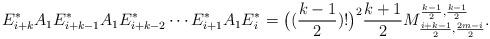
LaTeX: \begin{align*}E^*_{i+k}A_1E^*_{i+k-1}A_1E^*_{i+k-2}\cdots E^*_{i+1}A_1E^*_{i}=\big((\frac{k-1}{2})!\big)^2\frac{k+1}{2} M^{\frac{k-1}{2},\frac{k-1}{2}}_{\frac{i+k-1}{2},\frac{2m-i}{2}}.\end{align*}